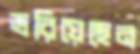
ভরিয়েছেন